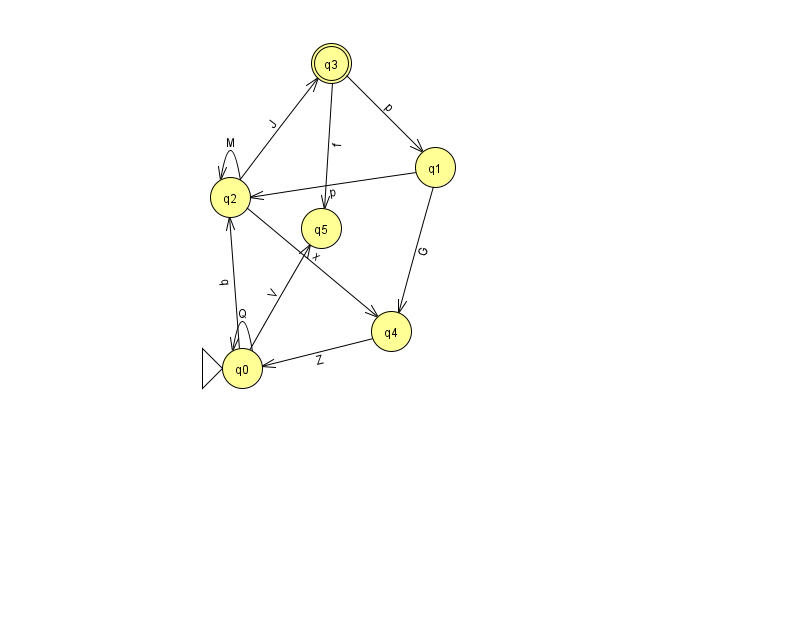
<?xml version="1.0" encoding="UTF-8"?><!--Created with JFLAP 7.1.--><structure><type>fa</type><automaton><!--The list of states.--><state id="0" name="q0"><x>242.0</x><y>355.0</y><initial/></state><state id="1" name="q1"><x>435.0</x><y>154.0</y></state><state id="2" name="q2"><x>230.0</x><y>184.0</y></state><state id="3" name="q3"><x>331.0</x><y>50.0</y><final/></state><state id="4" name="q4"><x>391.0</x><y>318.0</y></state><state id="5" name="q5"><x>321.0</x><y>215.0</y></state><!--The list of transitions.--><transition><from>1</from><to>4</to><read>G</read></transition><transition><from>0</from><to>0</to><read>Q</read></transition><transition><from>1</from><to>2</to><read>p</read></transition><transition><from>0</from><to>2</to><read>q</read></transition><transition><from>3</from><to>1</to><read>p</read></transition><transition><from>2</from><to>3</to><read>J</read></transition><transition><from>0</from><to>5</to><read>V</read></transition><transition><from>2</from><to>2</to><read>M</read></transition><transition><from>3</from><to>5</to><read>f</read></transition><transition><from>2</from><to>4</to><read>x</read></transition><transition><from>4</from><to>0</to><read>Z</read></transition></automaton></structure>